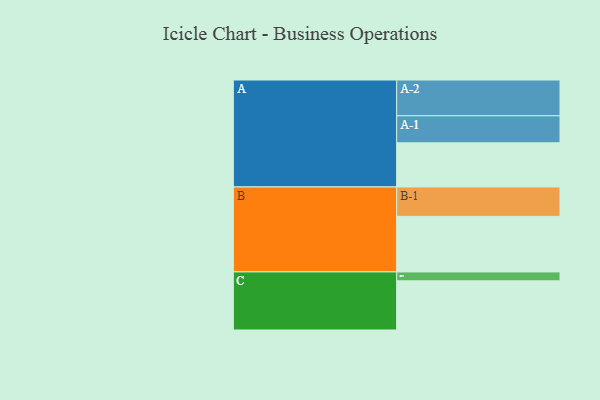
{"axis": {"x": "Segment", "y": "Value"}, "legend": ["", "A", "B", "C"], "data": [{"x": "A", "y": 317, "type": ""}, {"x": "B", "y": 399, "type": ""}, {"x": "C", "y": 353, "type": ""}, {"x": "A-1", "y": 194, "type": "A"}, {"x": "A-2", "y": 257, "type": "A"}, {"x": "B-1", "y": 211, "type": "B"}, {"x": "C-1", "y": 64, "type": "C"}]}